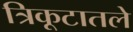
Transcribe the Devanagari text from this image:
त्रिकूटातले